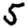
Digit: 5